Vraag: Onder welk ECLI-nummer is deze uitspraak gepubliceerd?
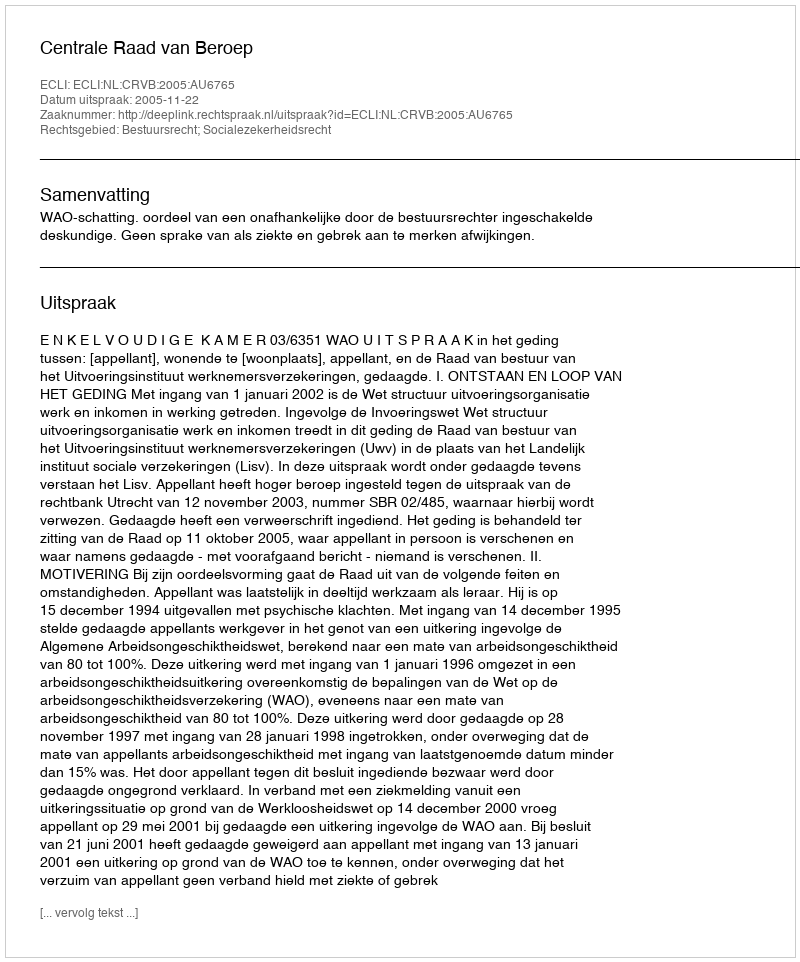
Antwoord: ECLI:NL:CRVB:2005:AU6765